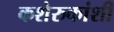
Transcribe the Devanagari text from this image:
कशेरुकांशी